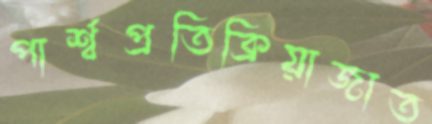
পার্শ্বপ্রতিক্রিয়াজাত